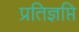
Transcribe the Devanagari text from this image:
प्रतिज्ञप्ति